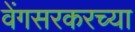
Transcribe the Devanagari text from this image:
वेंगसरकरच्या